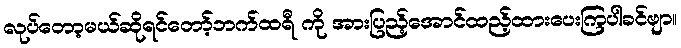
လုပ်တော့မယ်ဆိုရင်တော့်ဘက်ထရီ ကို အားပြည့်အောင်ထည့်ထားပေးကြပါခင်ဗျာ။